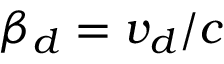
\beta _ { d } = v _ { d } / c